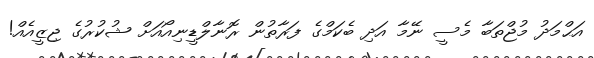
އަޙްމަދު މުޖްތަބާ މެސީ ނޭމާ އަދި ބެކަމްގެ ފަރާތުން ރޮނާލްޑީނިއޯއަށް ޝުކުރުގެ ޖިޒީއެއް!